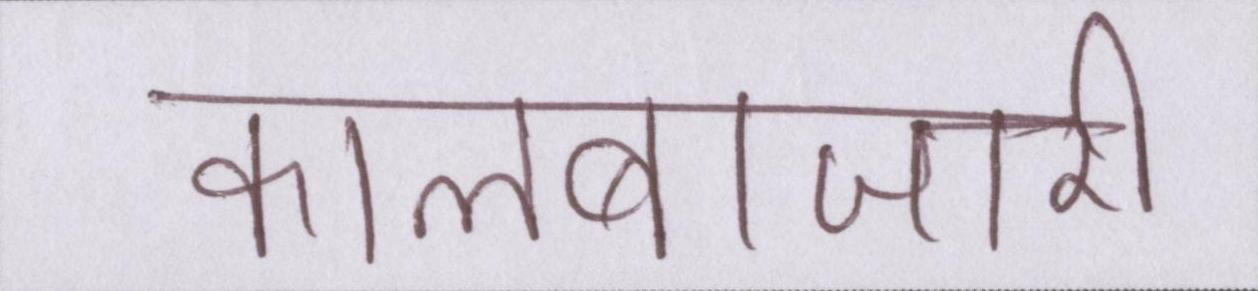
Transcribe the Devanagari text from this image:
कालाबाजारी